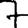
Digit: 7